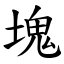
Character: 塊